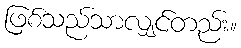
ဖြစ်သည်သာလျှင်တည်း။